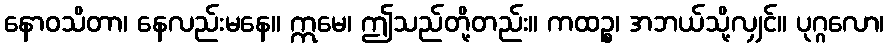
နောဝသိတာ၊ နေလည်းမနေ။ ဣမေ၊ ဤသည်တို့တည်း။ ကထဉ္စ၊ အဘယ်သို့လျှင်။ ပုဂ္ဂလော၊